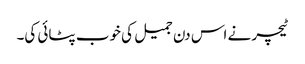
ٹیچر نے اس دن جمیل کی خوب پٹائی کی۔